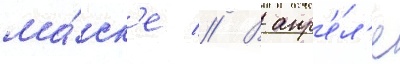
ма́ск'е // В апр'е́л'е